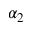
\alpha _ { 2 }